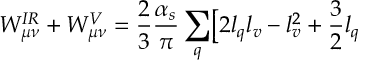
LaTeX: W _ { \mu \nu } ^ { I R } + W _ { \mu \nu } ^ { V } = \frac 2 3 \frac { \alpha _ { s } } { \pi } \sum _ { q } \bigl [ 2 l _ { q } l _ { v } - l _ { v } ^ { 2 } + \frac 3 2 l _ { q }